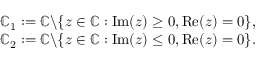
\begin{array} { r l } & { \mathbb { C } _ { 1 } : = \mathbb { C } \backslash \{ z \in \mathbb { C } : \operatorname { I m } ( z ) \geq 0 , \operatorname { R e } ( z ) = 0 \} , } \\ & { \mathbb { C } _ { 2 } : = \mathbb { C } \backslash \{ z \in \mathbb { C } : \operatorname { I m } ( z ) \leq 0 , \operatorname { R e } ( z ) = 0 \} . } \end{array}